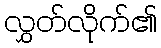
လွှတ်လိုက်၏